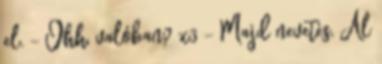
el. - Ohh, valóban? x3 - Majd nevetés, Al